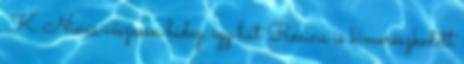
:K Nincs vészesen hideg, így hát Rosina is kimerészkedett